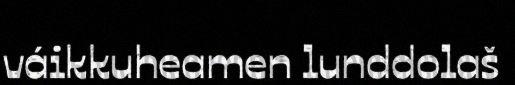
váikkuheamen lunddolaš